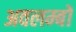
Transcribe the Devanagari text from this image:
अवलम्बों